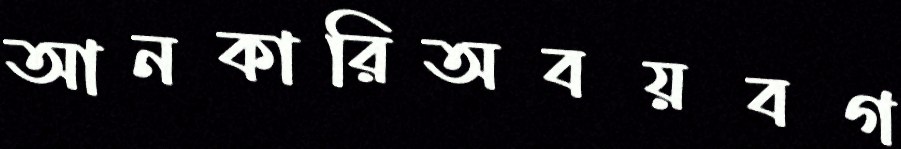
আনকারিঅবয়বগ